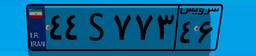
۴۴S۷۷۳۴۶